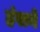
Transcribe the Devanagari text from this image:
हंसनें